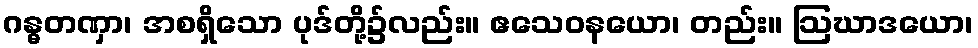
ဂန္ဓတဏှာ၊ အစရှိသော ပုဒ်တို့၌လည်း။ ဧသေဝနယော၊ တည်း။ ဩဃာဒယော၊